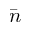
\bar { n }